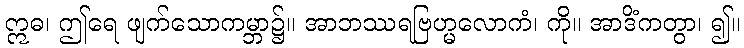
ဣဓ၊ ဤရေ ဖျက်သောကမ္ဘာ၌။ အာဘဿရဗြဟ္မလောကံ၊ ကို။ အာဒိံကတွာ၊ ၍။